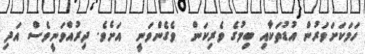
ހަމަކަށަވަރުން އުޑުތަކާއި ބިމުގެ ވެރިކަން  ވެގެންވަނީ  އަށެވެ. ދިރުއްވަނީވެސް އަދި